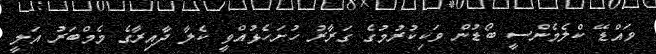
ވައްޑޭ ކްލެމެންސީ ބޯޑުން ވަކިކުރުމުގެ ގަރާރު ހުށަހެޅުއްވީ ކެލާ ދާއިރާގެ މެމްބަރު އަލީ